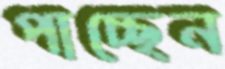
পাচ্ছেন